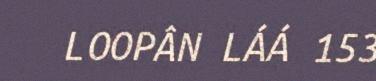
LOOPÂN LÁÁ 153